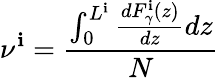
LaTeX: \nu^{\mathbf{i}}=\frac{{\int_{0}^{L^{\mathbf{i}}}\frac{{dF_{\gamma}^{\mathbf{i}}(z)}}{{dz}}dz}}{{N}}